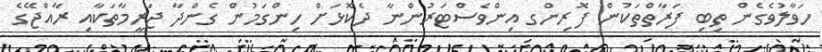
ހަވާލުވެގެން ތިބި ފަރާތްތަކުން ފޮރިންގ އިންވެސްޓަރުންނާ ދެކޮޅަށް ހިންގަމުން ގެންދާ ޖަރީމާތަކާއި ރާއްޖޭގެ